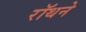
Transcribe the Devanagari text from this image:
रॉथने